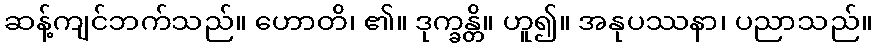
ဆန့်ကျင်ဘက်သည်။ ဟောတိ၊ ၏။ ဒုက္ခန္တိ။ ဟူ၍။ အနုပဿနာ၊ ပညာသည်။